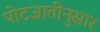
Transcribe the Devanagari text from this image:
पोटजातीनुसार